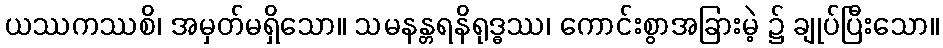
ယဿကဿစိ၊ အမှတ်မရှိသော။ သမနန္တရနိရုဒ္ဓဿ၊ ကောင်းစွာအခြားမဲ့ ၌ ချုပ်ပြီးသော။